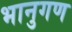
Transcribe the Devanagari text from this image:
भानुगण